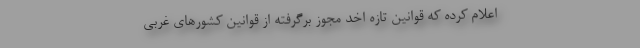
اعلام کرده که قوانین تازه اخد مجوز برگرفته از قوانین کشورهای غربی